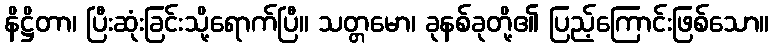
နိဋ္ဌိတာ၊ ပြီးဆုံးခြင်းသို့ရောက်ပြီ။ သတ္တမော၊ ခုနစ်ခုတို့၏ ပြည့်ကြောင်းဖြစ်သော။